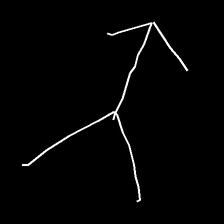
Glyph: gather